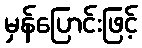
မှန်ပြောင်းဖြင့်